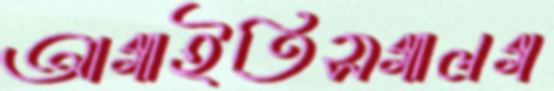
আগাইতিসগালগ